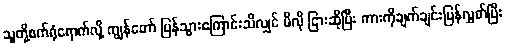
သူတို့စက်ရုံရောက်လို့ ကျွန်တော် ပြန်သွားကြောင်းသိလျှင် မီလို ငြားဆိုပြီး ကားကိုချက်ချင်းပြန်လွှတ်ပြီး